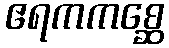
ဧရကကစ္ဆေ